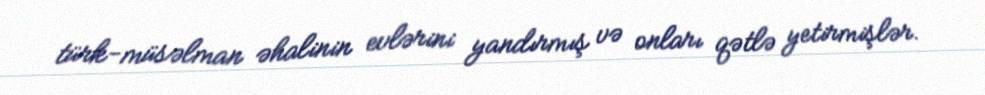
türk-müsəlman əhalinin evlərini yandırmış və onları qətlə yetirmişlər.